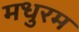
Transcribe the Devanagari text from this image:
मधुरम